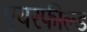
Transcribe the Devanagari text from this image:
एयरफील्‍ड